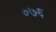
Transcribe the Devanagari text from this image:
०७६